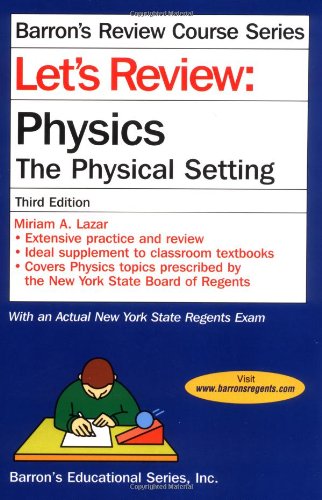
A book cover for Let's Review Physics-The Physical Setting (Let's Review Series); Miriam A. Lazar; Test Preparation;